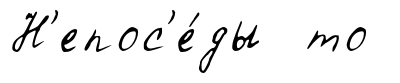
Н'епос'е́ды то